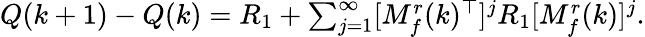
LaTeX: Q(k+1)-Q(k)=R_{1}+\textstyle\sum_{j=1}^{\infty}[M_{f}^{r}(k)^{\top}]^{j}R_{1}[M_{f}^{r}(k)]^{j}.